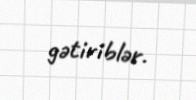
gətiriblər.